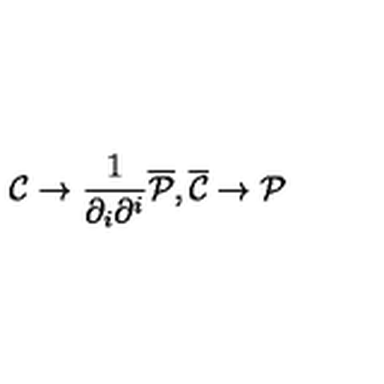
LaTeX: { \cal C } \to \frac { 1 } { \partial _ { i } \partial ^ { i } } { \overline { { \cal P } } } , { \overline { { \cal C } } } \to { \cal P }